Report on vaccination in Madras 1877-1894 - 1877-1894
Year: 1877
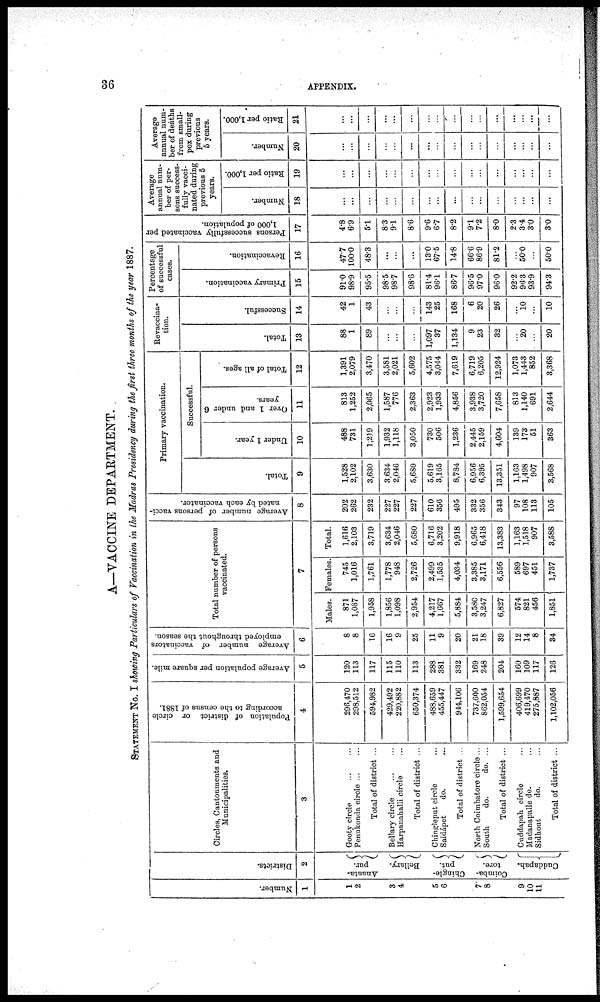
36
APPENDIX.
A—VACCINE DEPARTMENT.
STATEMENT No. I showing Particulars of Vaccination in the Madras Presidency during the first three months of the year 1887.
Number.
1
1
2
3
4
5
6
7
8
9
10
11
Districts.
2
Ananta-
pur.
Bellary.
Chingle-
put.
Coimba-
tore.
Cuddapah.
Circles, Cantonments and
Municipalities.
3
Gooty circle
...
...
Penukonda circle ... ...
Total of district ...
Bellary circle
...
...
Harpanahalli circle ...
Total of district ...
Chingleput circle ...
Saidápet
do. ...
Total of district ...
North Coimbatore circle...
South
do.
do. ...
Total of district ...
Cuddapah circle ...
Madanapalle do. ...
Sidhout
do. ...
Total of district ...
Population of district or circle
according to the census of 1881.
4
298,470
298,512
594,982
429,492
220,882
650,374
488,659
455,447
944,106
737,600
862,054
1,599,654
406,699
419,470
275,887
1,102,056
Average population per square mile.
5
120
113
117
115
110
113
288
381
332
169
248
204
160
109
117
126
Average number of vaccinators
employed throughout the season.
6
8
8
16
16
9
25
11
9
20
21
18
39
12
14
8
34
Total number of persons
vaccinated.
7
Males.
871
1,087
1,958
1,856
1,098
2,954
4,217
1,667
5,884
3,580
3,247
6,827
574
821
456
1,851
Females.
745
1,016
1,761
1,778
948
2,726
2,499
1,535
4,034
3,385
3,171
6,556
589
697
451
1,737
Total.
1,616
2,103
3,719
3,634
2,046
5,680
6,716
3,202
9,918
6,965
6,418
13,383
1,163
1,518
907
3,588
Average number of persons vacci-
nated by each vaccinator.
8
202
262
232
227
227
227
610
356
495
332
356
343
97
108
113
105
Primary vaccination.
Total.
9
1,528
2,102
3,630
3,634
2,046
5,680
5,619
3,165
8,784
6,956
6,395
13,351
1,163
1,498
907
3,568
Successful.
Under 1 year.
10
488
731
1,219
1,932
1,118
3,050
730
506
1,236
2,445
2,159
4,604
139
173
51
363
Over 1 and under 6
years.
11
813
1,252
2,065
1,587
776
2,363
2,923
1,933
4,856
3,938
3,720
7,658
813
1,140
691
2,644
Total of all ages.
12
1,391
2,079
3,470
3,581
2,021
5,602
4,575
3,044
7,619
6,719
6,205
12,924
1,073
1,443
852
3,368
Revaccina-
tion.
Total.
13
88
1
89
...
...
...
1,097
37
1,134
9
23
32
...
20
...
20
Successful.
14
42
1
43
...
...
...
143
25
168
6
20
26
...
10
...
10
Percentage
of successful
cases.
Primary vaccination.
15
91.0
98.9
95.5
98.5
98.7
98.6
81.4
96.1
86.7
96.5
97.0
96.0
92.2
96.3
93.9
94.3
Revaccination.
16
47.7
100.0
48.3
...
...
...
13.0
67.5
14.8
66.6
86.9
81.2
...
50.0
...
50.0
Persons successfully vaccinated per
1,000 of population.
17
4.8
6.9
5.1
8.3
91
8.6
9.6
6.7
8.2
9.1
7.2
8.0
2.3
3.4
3.0
3.0
Average
annual num-
ber of per-
sons success-
fully vacci-
nated during
previous 5
years.
Number.
18
...
...
...
...
...
...
...
...
...
...
...
...
...
...
...
...
Ratio per 1,000.
19
...
...
...
...
...
...
...
...
...
...
...
...
...
...
...
...
Average
annual num-
ber of deaths
from small-
pox during
previous
5 years.
Number.
20
...
...
...
...
...
...
...
...
...
...
...
...
...
...
...
...
Ratio per 1,000.
21
...
...
...
...
...
...
...
...
...
...
...
...
...
...
...
...